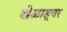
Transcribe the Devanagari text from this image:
खेळाडूवर